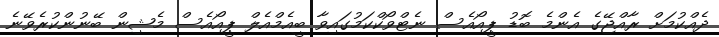
ދެއްކުމަށް ރާއްޖޭގެ އެންމެ ބޮޑު ޕީއޯއެސް ނެޓްވޯކްކަމުގައިވާ ބީއެމްއެލް ޕީއޯއެސް މެޝިން ބޭނުންކުރެވޭނެ